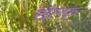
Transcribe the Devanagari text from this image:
रौल्फ